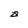
Character: a